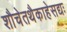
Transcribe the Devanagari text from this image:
शौचेतथैकाहेसद्यः